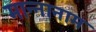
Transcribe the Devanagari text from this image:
मान्नानाम